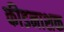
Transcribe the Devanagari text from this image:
कीडनाशक